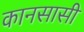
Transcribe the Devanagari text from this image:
कानसासी